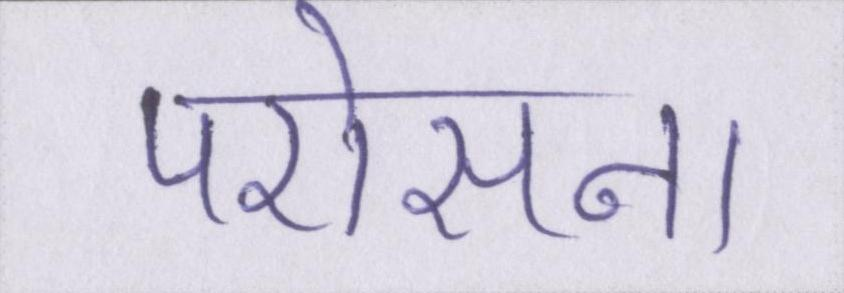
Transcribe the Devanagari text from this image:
परोसना